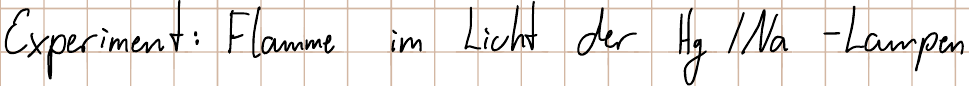
Experiment: Flamme im Licht der Hg / Na - Lampen